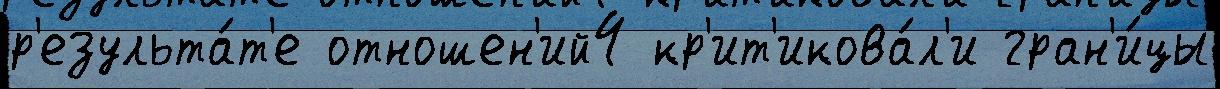
р'езульта́т'е отношен'ий4 кр'ит'икова́л'и гран'и́цы